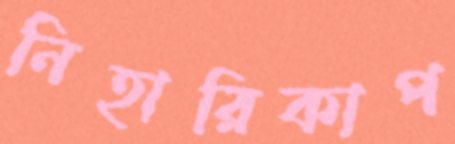
নিহারিকাপ